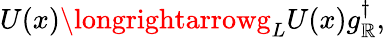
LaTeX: U(x)\longrightarrowg_{L}U(x)g_{\mathbb{R}}^{\dagger},